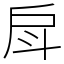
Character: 戽